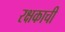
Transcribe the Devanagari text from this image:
रक्षकाची